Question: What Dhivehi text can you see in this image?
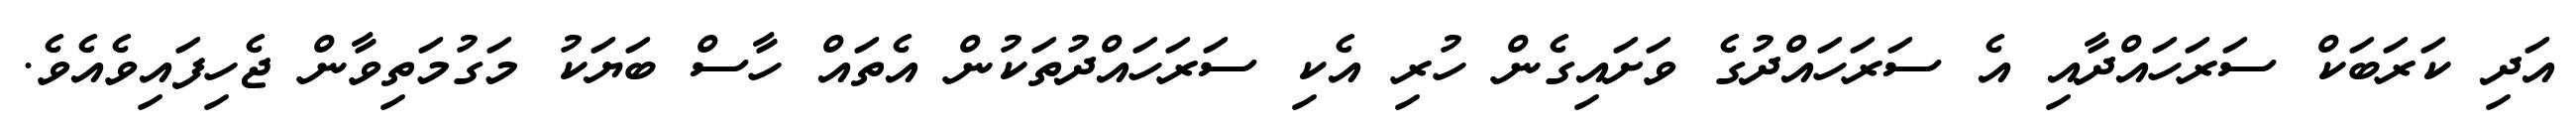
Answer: އަދި ކަރަބަކް ސަރަހައްދާއި އެ ސަރަހައްދުގެ ވަށައިގެން ހުރި އެކި ސަރަހައްދުތަކުން އެތައް ހާސް ބަޔަކު މަގުމަތިވާން ޖެހިފައިވެއެވެ.